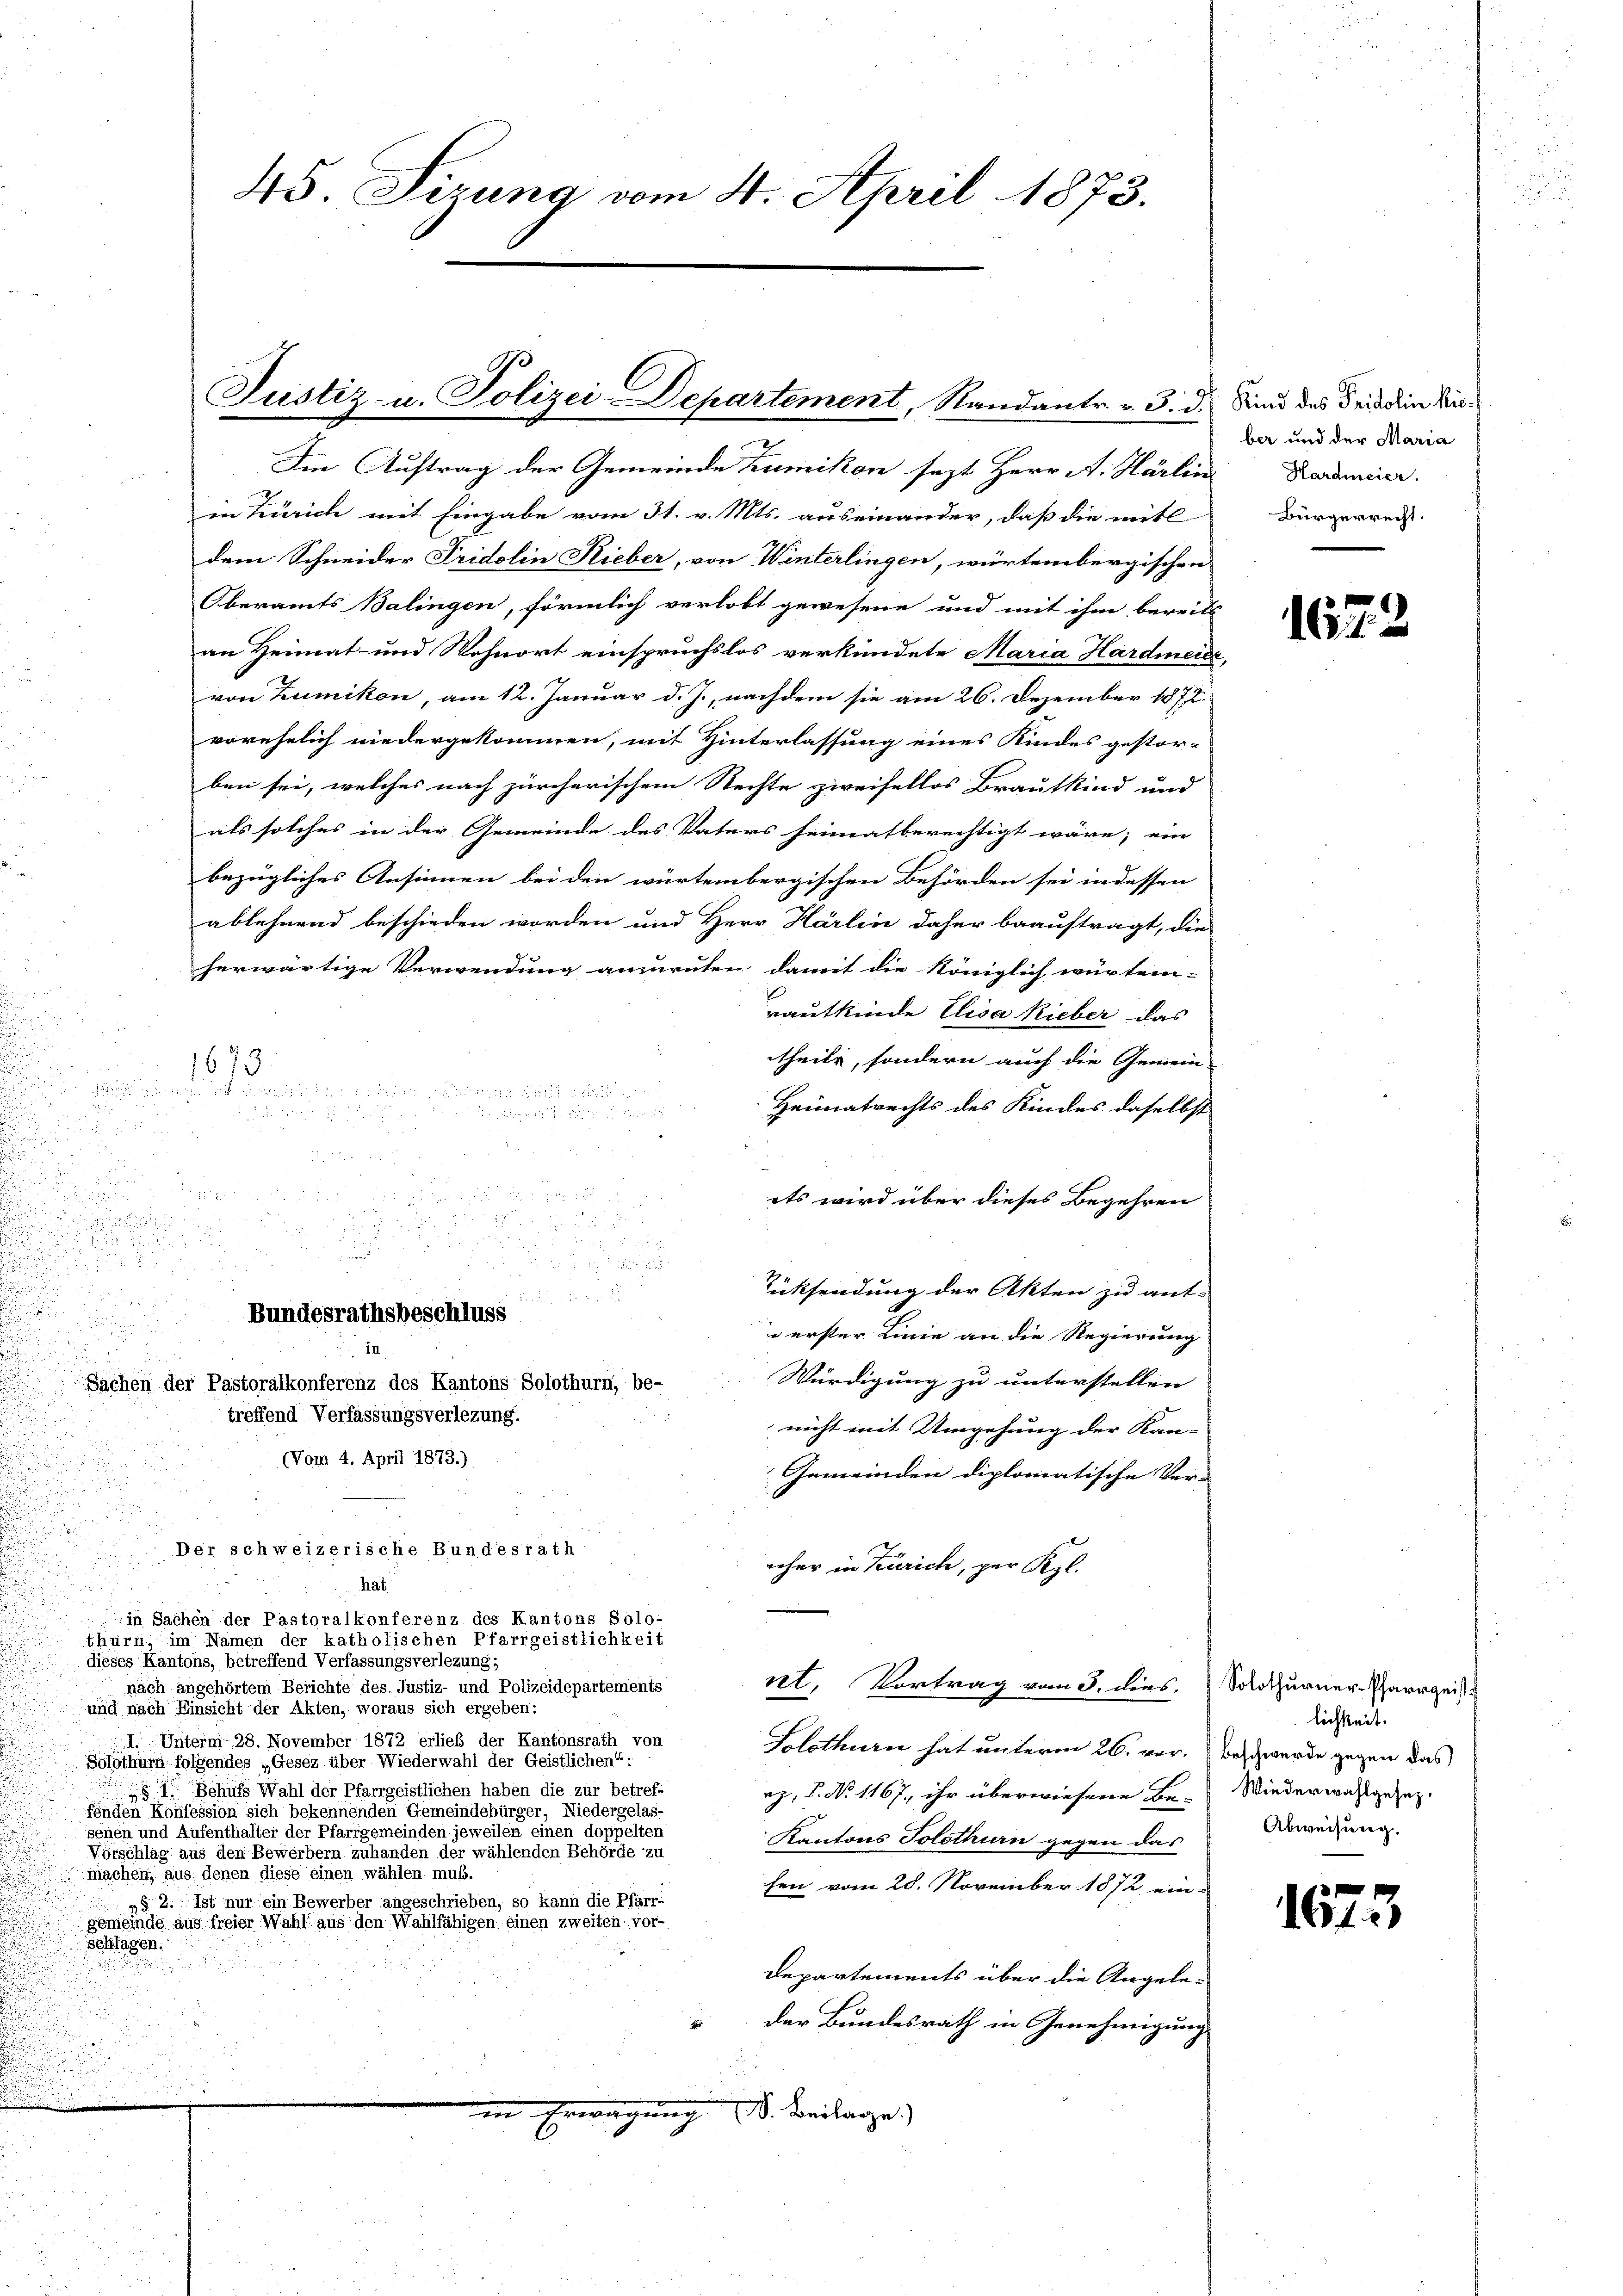
Im Auftrag der Gemeinde Zumikon sezt Herr A. Härlin Hardmeier.
in Zürich mit Eingabe vom 31. v. Mts. auseinander, daß die mitl
dem Schneider Fridolin Lieber, von Winterlingen, würtembergischen
Oberamts Balingen, förmlich verlobt gewesene und mit ihm bereits
an Heimat- und Wohnort einspruchslos verkündete Maria Hardmeile,
von Zumikon, am 12. Januar d. J., nachdem sie am 26. Dezember 1872.
vorehelich niedergekommen, mit Hinterlassung eines Kindes gestor-
ben sei, welches nach zürcherischem Rechte zweifellos Brautkind und
als solches in der Gemeinde des Vaters heimatberechtigt wäre, ein
bezügliches Ansinnen bei den würtembergischen Behörden sei in dessen
ablehnend beschieden worden und Herr Härlin daher beauftragt, die
herwärtige Verwendung anzuruten damit die Königlich würtem-
rautkinde Elisa Rieber das
u
1673
theile, sondern auch die Gemein-
d

n
.
Heimatrechts des Kindes daselbst
d
n
a a
u

8
d

ets wird über dieses Begehren

u
2

2

2
u
Rücksendung der Akten zu ant-

. . . 18
Bundesrathsbeschluss

e erster Linie an die Regierung

Würdigung zu unterstellen |
Sachen der Pastoralkonferenz des Kantons Solothurn, be-
treffend Verfassungsverlezung.
nicht mit Umgehung der Kan-
(Vom 4. April 1873.)
Gemeinden diplomatische Ver-
u
.
Der schweizerische Bundesrath
nher in Zürich, per Kgl.
haf
in Sachen der Pastoralkonferenz des Kantons Solo-
thürn, im Namen der katholischen Pfarrgeistlichkeit
dieses Kantons, betreffend Verfassungsverlezung;
et. Vortrag vom 5. dies. Solothurner-Parrgeis
nach angehörtem Berichte des Justiz- und Polizeidepartements
und nach Einsicht der Akten, woraus sich ergeben:
I. Unterm 28. November 1872 erlieb der Kantonsrath von
Solothurn hat unterm 26. vor. Beschwerde gegen das
Solothurn folgendes „Gesez über Wiederwahl der Geistlichen“:
§ 1. Behufs Wahl der Pfarrgeistlichen haben die zur betref-
rz, P. Nr. 1167. ihr überwiesene Be-
fenden Konfession sich bekennenden Gemeindebürger, Niedergelas-
senen und Aufenthalter der Pfarrgemeinden jeweilen einen doppelten
Kantons Solothurn gegen das
Vörschlag aus den Bewerbern zuhanden der wählenden Behörde zu
machen; aus, denen diese einen wählen muß.
fen vom 28. November 1872 ein-
§ 2. Ist nur ein Bewerber angeschrieben, so kann die Pfarr-
gemeinde aus freier Wahl aus den Wahlfähigen einen zweiten vor-
Splügen.
Departements über die Angeleder Bundesrath in Genehmigung
in Erwägung (S. Beilage)

45 Sizung vom 4. April 1873.

Justiz- u. Polizei-Departement, Standantr. v. 3. d. Sind des Friedin Bie¬
2

ber und der Maria
Bürgerrecht.

16.

lichkeit.
Wiederwahlgesez.
Abweisung,

1673